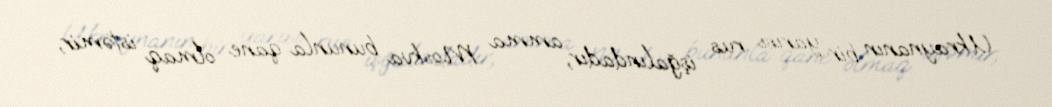
Ukraynanın bir yarısı rus işğalındadır, amma Moskva bununla qane olmaq istəmir,